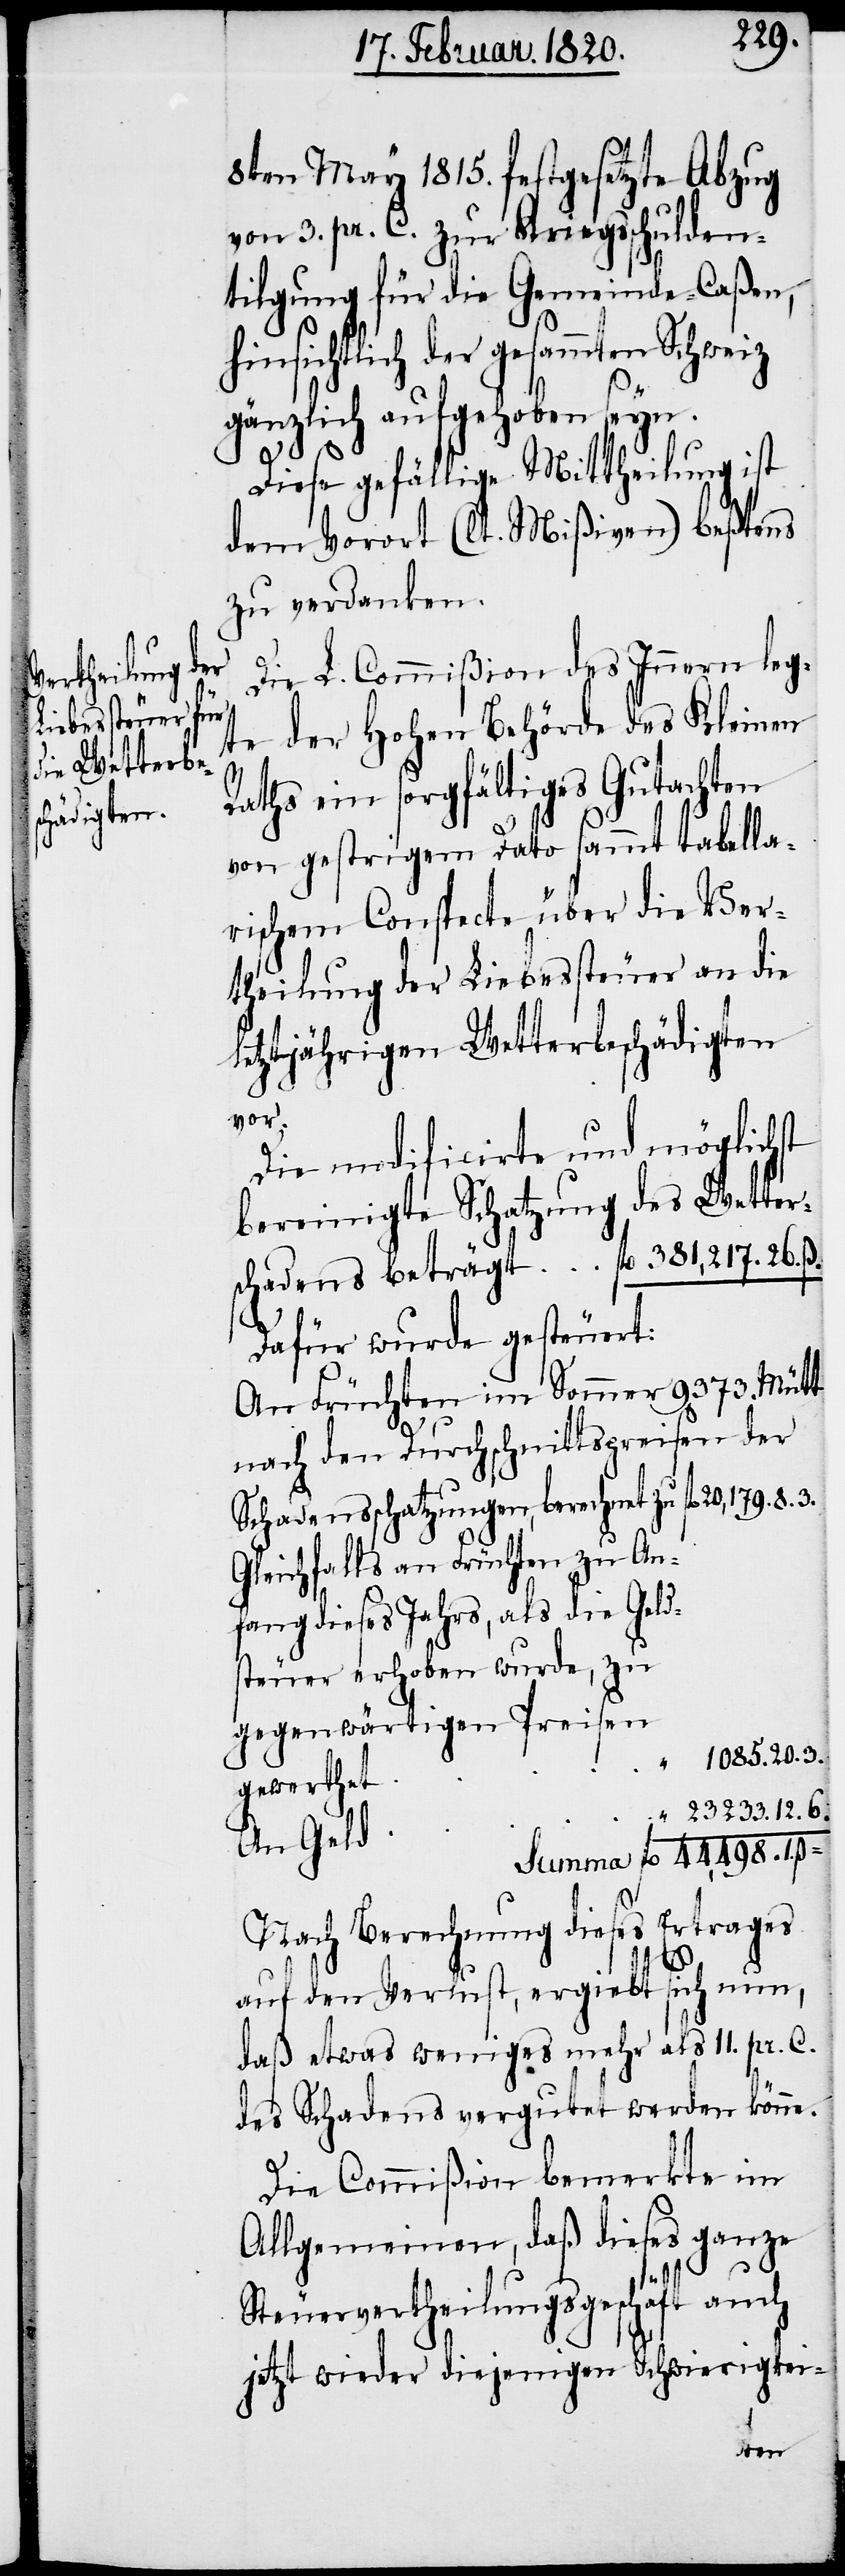
schadens

8ten May 1815. festgesetzte Abzug
von 3. pr. C. zur Kriegsschulden¬
tilgung für die Gemeinde-Caßen,
hinsichtlich der gesammten Schweiz
gänzlich aufgehoben seyn.
1.
ß
Diese gefällige Mittheilung ist
dem Vorort (lt. Mißiven) beßtens
zu verdanken.
Die L. Commißion des Innern leg¬
te der Hohen Behörde des Kleinen
Raths ein sorgfältiges Gutachten
von gestrigem Dato sammt tabella¬
rischem Conspecte über die Ver¬
theilung der Liebessteuer an die
letztjährigen Wetterbeschädigten
vor.
Die modificirte und möglichst
bereinigte Schatzung des Wetter¬
Dafür wurde gesteuert:
An Früchten im Sommer 9373. Mütt
nach den Durchschnittspreisen der
Schadensschatzungen, berechnet zu
Gleichfalls an Früchten zu An¬
fang dieses Jahrs, als die Geld¬
steuer erhoben wurde, zu
gegenwärtigen Preisen
1085. 20. 3.
„
gewerthet
„ 23233. 12. 6.
An Geld
Nach Berechnung dieses Ertrages
auf den Verlust, ergiebt sich nun,
daß etwas weniges mehr als 11. pr. C.
des Schadens vergutet werden könne.
Die Commißion bemerkte im
Allgemeinen, daß dieses ganze
Steuervertheilungsgeschäft auch
jetzt wieder diejenigen Schwierigkei-